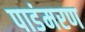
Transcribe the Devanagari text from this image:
पाडंमरण